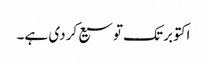
اکتوبر تک توسیع کردی ہے۔